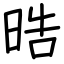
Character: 晧